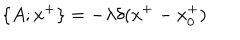
\{ A ; x ^ { + } \} = - \lambda \delta ( x ^ { + } - x _ { 0 } ^ { + } )